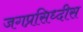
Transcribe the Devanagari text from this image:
जगप्रसिध्दीस